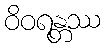
ဝိဝရန္တဿ